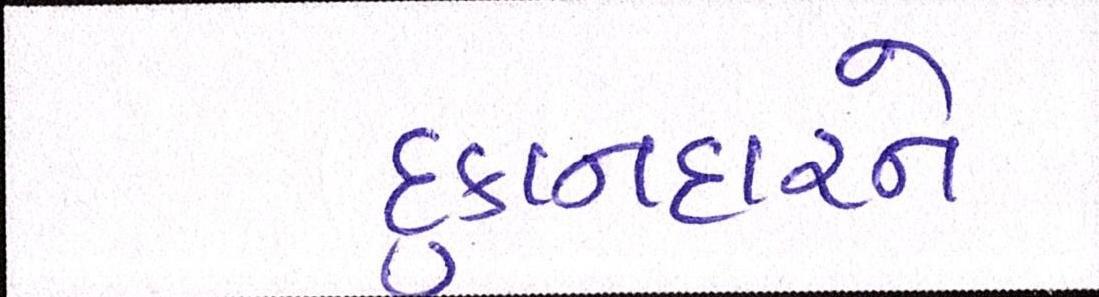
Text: દુકાનદારને